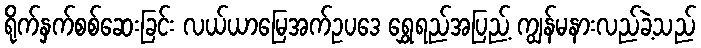
ရိုက်နှက်စစ်ဆေးခြင်း လယ်ယာမြေအက်ဥပဒေ ရွှေရည်အပြည့် ကျွန်မနားလည်ခဲ့သည်